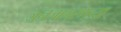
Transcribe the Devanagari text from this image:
जनजागरणच्या